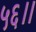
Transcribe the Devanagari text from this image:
५६।।